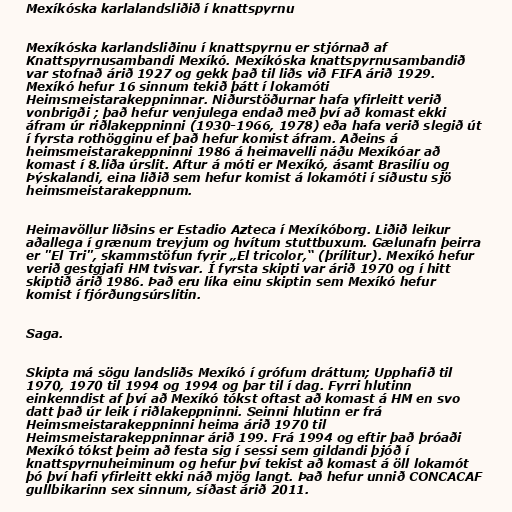
Mexíkóska karlalandsliðið í knattspyrnu

Mexíkóska karlandsliðinu í knattspyrnu er stjórnað af
Knattspyrnusambandi Mexíkó. Mexíkóska knattspyrnusambandið
var stofnað árið 1927 og gekk það til liðs við FIFA árið 1929.
Mexíkó hefur 16 sinnum tekið þátt í lokamóti
Heimsmeistarakeppninnar. Niðurstöðurnar hafa yfirleitt verið
vonbrigði ; það hefur venjulega endað með því að komast ekki
áfram úr riðlakeppninni (1930-1966, 1978) eða hafa verið slegið út
í fyrsta rothögginu ef það hefur komist áfram. Aðeins á
heimsmeistarakeppninni 1986 á heimavelli náðu Mexíkóar að
komast í 8.liða úrslit. Aftur á móti er Mexíkó, ásamt Brasilíu og
Þýskalandi, eina liðið sem hefur komist á lokamóti í síðustu sjö
heimsmeistarakeppnum.

Heimavöllur liðsins er Estadio Azteca í Mexíkóborg. Liðið leikur
aðallega í grænum treyjum og hvítum stuttbuxum. Gælunafn þeirra
er "El Tri", skammstöfun fyrir „El tricolor,“ (þrílitur). Mexíkó hefur
verið gestgjafi HM tvisvar. Í fyrsta skipti var árið 1970 og í hitt
skiptið árið 1986. Það eru líka einu skiptin sem Mexíkó hefur
komist í fjórðungsúrslitin.

Saga.

Skipta má sögu landsliðs Mexíkó í grófum dráttum; Upphafið til
1970, 1970 til 1994 og 1994 og þar til í dag. Fyrri hlutinn
einkenndist af því að Mexíkó tókst oftast að komast á HM en svo
datt það úr leik í riðlakeppninni. Seinni hlutinn er frá
Heimsmeistarakeppninni heima árið 1970 til
Heimsmeistarakeppninnar árið 199. Frá 1994 og eftir það þróaði
Mexíkó tókst þeim að festa sig í sessi sem gildandi þjóð í
knattspyrnuheiminum og hefur því tekist að komast á öll lokamót
þó því hafi yfirleitt ekki náð mjög langt. Það hefur unnið CONCACAF
gullbikarinn sex sinnum, síðast árið 2011.